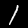
Digit: 1